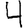
Digit: 4